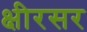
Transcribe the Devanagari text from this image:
क्षीरसर